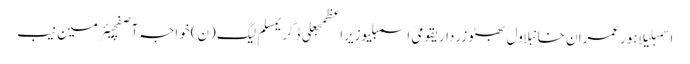
اسمبلیلاہورعمران خانبلاول بھٹو زرداریقومی اسمبلیوزیراعظمجعلی ڈگریمسلم لیگ (ن)خواجہ آصفچیئرمین نیب